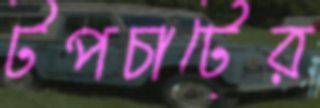
টপচার্টের